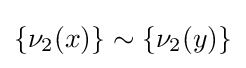
\{\nu _{2}(x)\}\sim \{\nu _{2}(y)\}